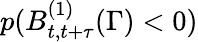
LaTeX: p(B_{t,t+\tau}^{(1)}(\Gamma)<0)